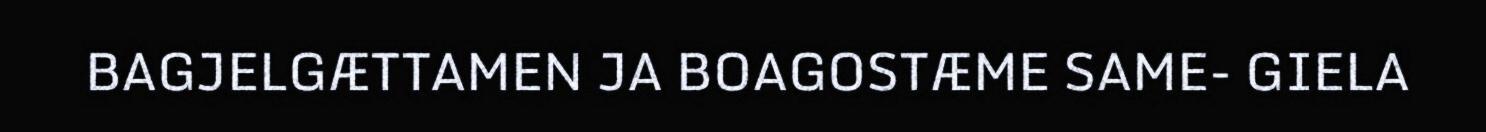
BAGJELGÆTTAMEN JA BOAGOSTÆME SAME- GIELA